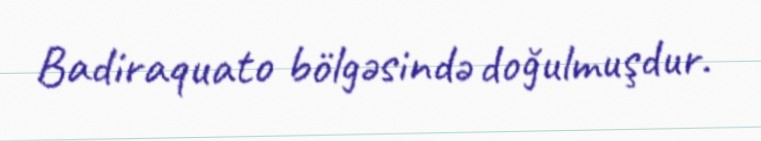
Badiraquato bölgəsində doğulmuşdur.